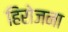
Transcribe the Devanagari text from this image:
हिरोजना